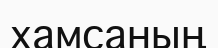
хамсаның